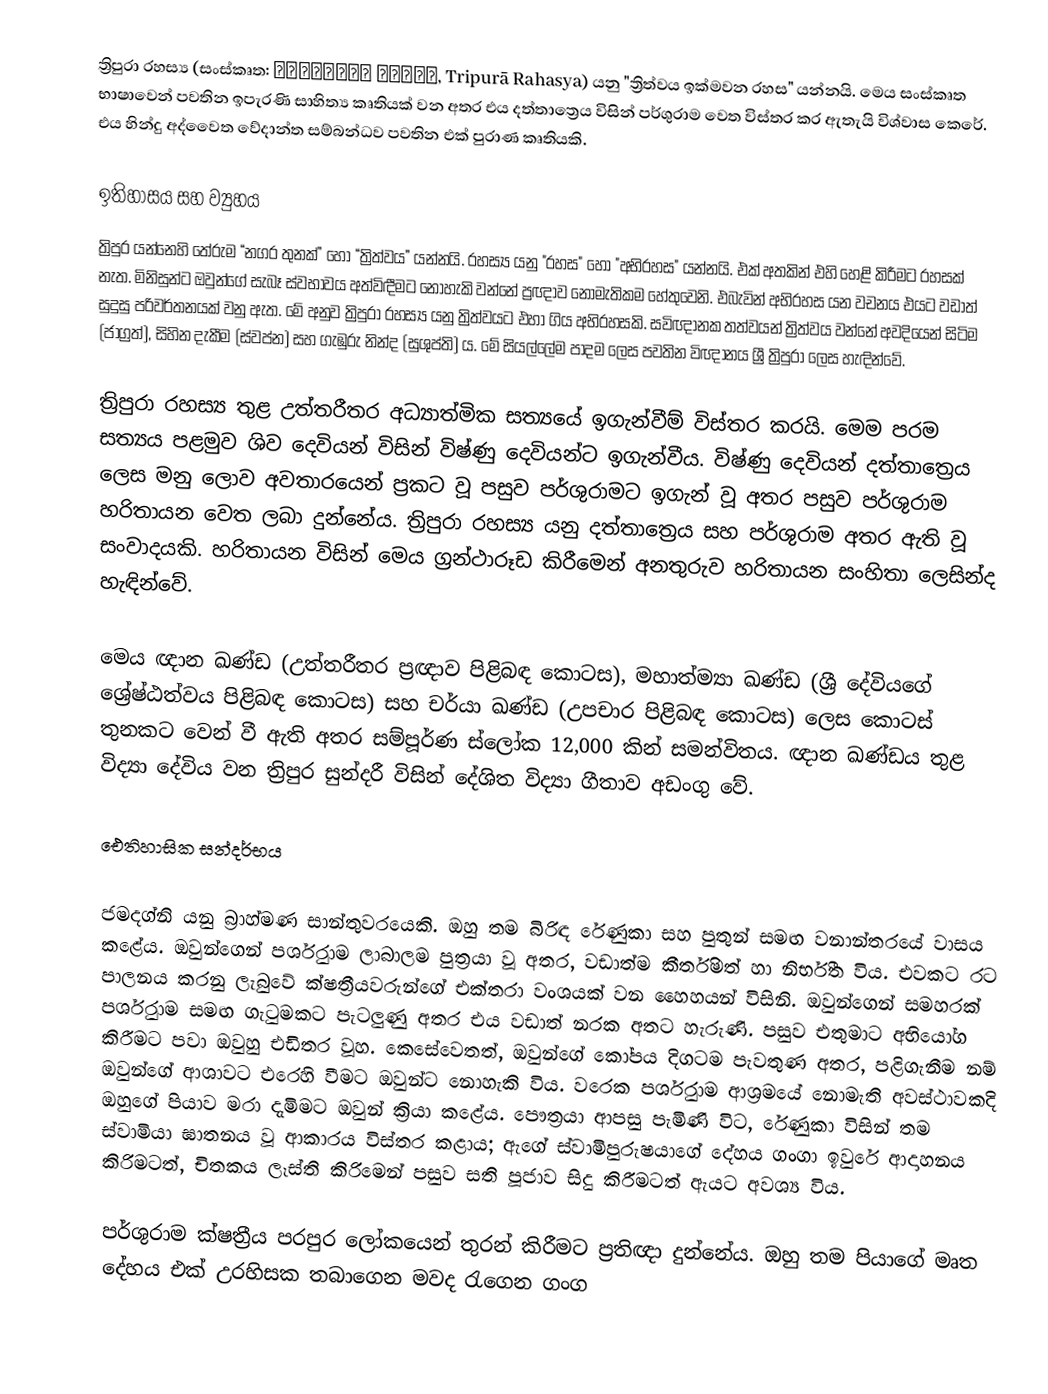
ත්‍රිපුරා රහස්‍ය (සංස්කෘත: त्रिपुरा रहस्य, Tripurā Rahasya) යනු "ත්‍රිත්වය ඉක්මවන රහස"  යන්නයි. මෙය සංස්කෘත භාෂාවෙන් පවතින ඉපැරණි සාහිත්‍ය කෘතියක් වන අතර එය දත්තාත්‍රෙය විසින් පර්ශුරාම වෙත විස්තර කර ඇතැයි විශ්වාස කෙරේ. එය හින්දු අද්වෛත වේදාන්ත සම්බන්ධව පවතින එක් පුරාණ කෘතියකි.

ඉතිහාසය සහ ව්‍යුහය
ත්‍රිපුර යන්නෙහි තේරුම “නගර තුනක්” හෝ “ත්‍රිත්වය” යන්නයි. රහස්‍ය යනු "රහස" හෝ "අභිරහස" යන්නයි. එක් අතකින් එහි හෙළි කිරීමට රහසක් නැත. මිනිසුන්ට ඔවුන්ගේ සැබෑ ස්වභාවය අත්විඳීමට නොහැකි වන්නේ ප්‍රඥාව නොමැතිකම හේතුවෙනි. එබැවින් අභිරහස යන වචනය එයට වඩාත් සුදුසු පරිවර්තනයක් වනු ඇත. මේ අනුව ත්‍රිපුරා රහස්‍ය යනු ත්‍රිත්වයට එහා ගිය අභිරහසකි. සවිඥානක තත්වයන් ත්‍රිත්වය වන්නේ අවදියෙන් සිටිම (ජාග්‍රත්), සිහින දැකීම (ස්වප්න) සහ ගැඹුරු නින්ද (සුශුප්ති) ය. මේ සියල්ලේම පාදම ලෙස පවතින විඥානය ශ්‍රී ත්‍රිපුරා ලෙස හැඳින්වේ.

ත්‍රිපුරා රහස්‍ය තුළ උත්තරීතර අධ්‍යාත්මික සත්‍යයේ ඉගැන්වීම් විස්තර කරයි. මෙම පරම සත්‍යය පළමුව ශිව දෙවියන් විසින් විෂ්ණු දෙවියන්ට ඉගැන්වීය. විෂ්ණු දෙවියන් දත්තාත්‍රෙය ලෙස මනු ලොව අවතාරයෙන් ප්‍රකට වූ පසුව පර්ශුරාමට ඉගැන් වූ අතර පසුව පර්ශුරාම හරිතායන වෙත ලබා දුන්නේය. ත්‍රිපුරා රහස්‍ය යනු දත්තාත්‍රෙය සහ පර්ශුරාම අතර ඇති වූ  සංවාදයකි. හරිතායන විසින් මෙය ග්‍රන්ථාරූඩ කිරීමෙන් අනතුරුව හරිතායන සංහිතා ලෙසින්ද හැඳින්වේ.

මෙය ඥාන ඛණ්ඩ (උත්තරීතර ප්‍රඥාව පිළිබඳ කොටස), මහාත්ම්‍යා ඛණ්ඩ  (ශ්‍රී දේවියගේ ශ්‍රේෂ්ඨත්වය පිළිබඳ කොටස) සහ චර්යා ඛණ්ඩ (උපචාර පිළිබඳ කොටස) ලෙස කොටස් තුනකට වෙන් වී ඇති අතර සම්පූර්ණ ස්ලෝක 12,000 කින් සමන්විතය. ඥාන ඛණ්ඩය තුළ විද්‍යා දේවිය වන ත්‍රිපුර සුන්දරී විසින් දේශිත විද්‍යා ගීතාව අඩංගු වේ.

ඓතිහාසික සන්දර්භය

ජමදග්නි යනු බ්‍රාහ්මණ සාන්තුවරයෙකි. ඔහු තම බිරිඳ රේණුකා සහ පුතුන් සමඟ වනාන්තරයේ වාසය කළේය. ඔවුන්ගෙන් පර්ශුරාම ලාබාලම පුත්‍රයා වූ අතර, වඩාත්ම කීර්තිමත් හා නිර්භීත විය. එවකට රට පාලනය කරනු ලැබුවේ ක්ෂත්‍රීයවරුන්ගේ එක්තරා වංශයක් වන හෛහයන් විසිනි. ඔවුන්ගෙන් සමහරක් පර්ශුරාම සමඟ ගැටුමකට පැටලුණු අතර එය වඩාත් නරක අතට හැරුණි. පසුව එතුමාට අභියෝග කිරීමට පවා ඔවුහු එඩිතර වූහ. කෙසේවෙතත්, ඔවුන්ගේ කෝපය දිගටම පැවතුණ අතර, පළිගැනීම නම් ඔවුන්ගේ ආශාවට එරෙහි වීමට ඔවුන්ට නොහැකි විය. වරෙක පර්ශුරාම ආශ්‍රමයේ නොමැති අවස්ථාවකදි ඔහුගේ පියාව මරා දැමිමට ඔවුන් ක්‍රියා කළේය. පෞත්‍රයා ආපසු පැමිණි විට, රේණුකා විසින් තම ස්වාමියා ඝාතනය වූ ආකාරය විස්තර කළාය; ඇගේ ස්වාමිපුරුෂයාගේ දේහය ගංගා ඉවුරේ ආදාහනය කිරිමටත්, චිතකය ලෑස්ති කිරිමෙන් පසුව සති පූජාව සිදු කිරීමටත් ඇයට අවශ්‍ය විය.

පර්ශුරාම ක්ෂත්‍රීය පරපුර ලෝකයෙන් තුරන් කිරීමට ප්‍රතිඥා දුන්නේය. ඔහු තම පියාගේ මෘත දේහය එක් උරහිසක තබාගෙන  මවද රැගෙන ගංග